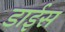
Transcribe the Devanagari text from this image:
डाईस